Kassari_(Keina)_vallavalitsus, lk 76
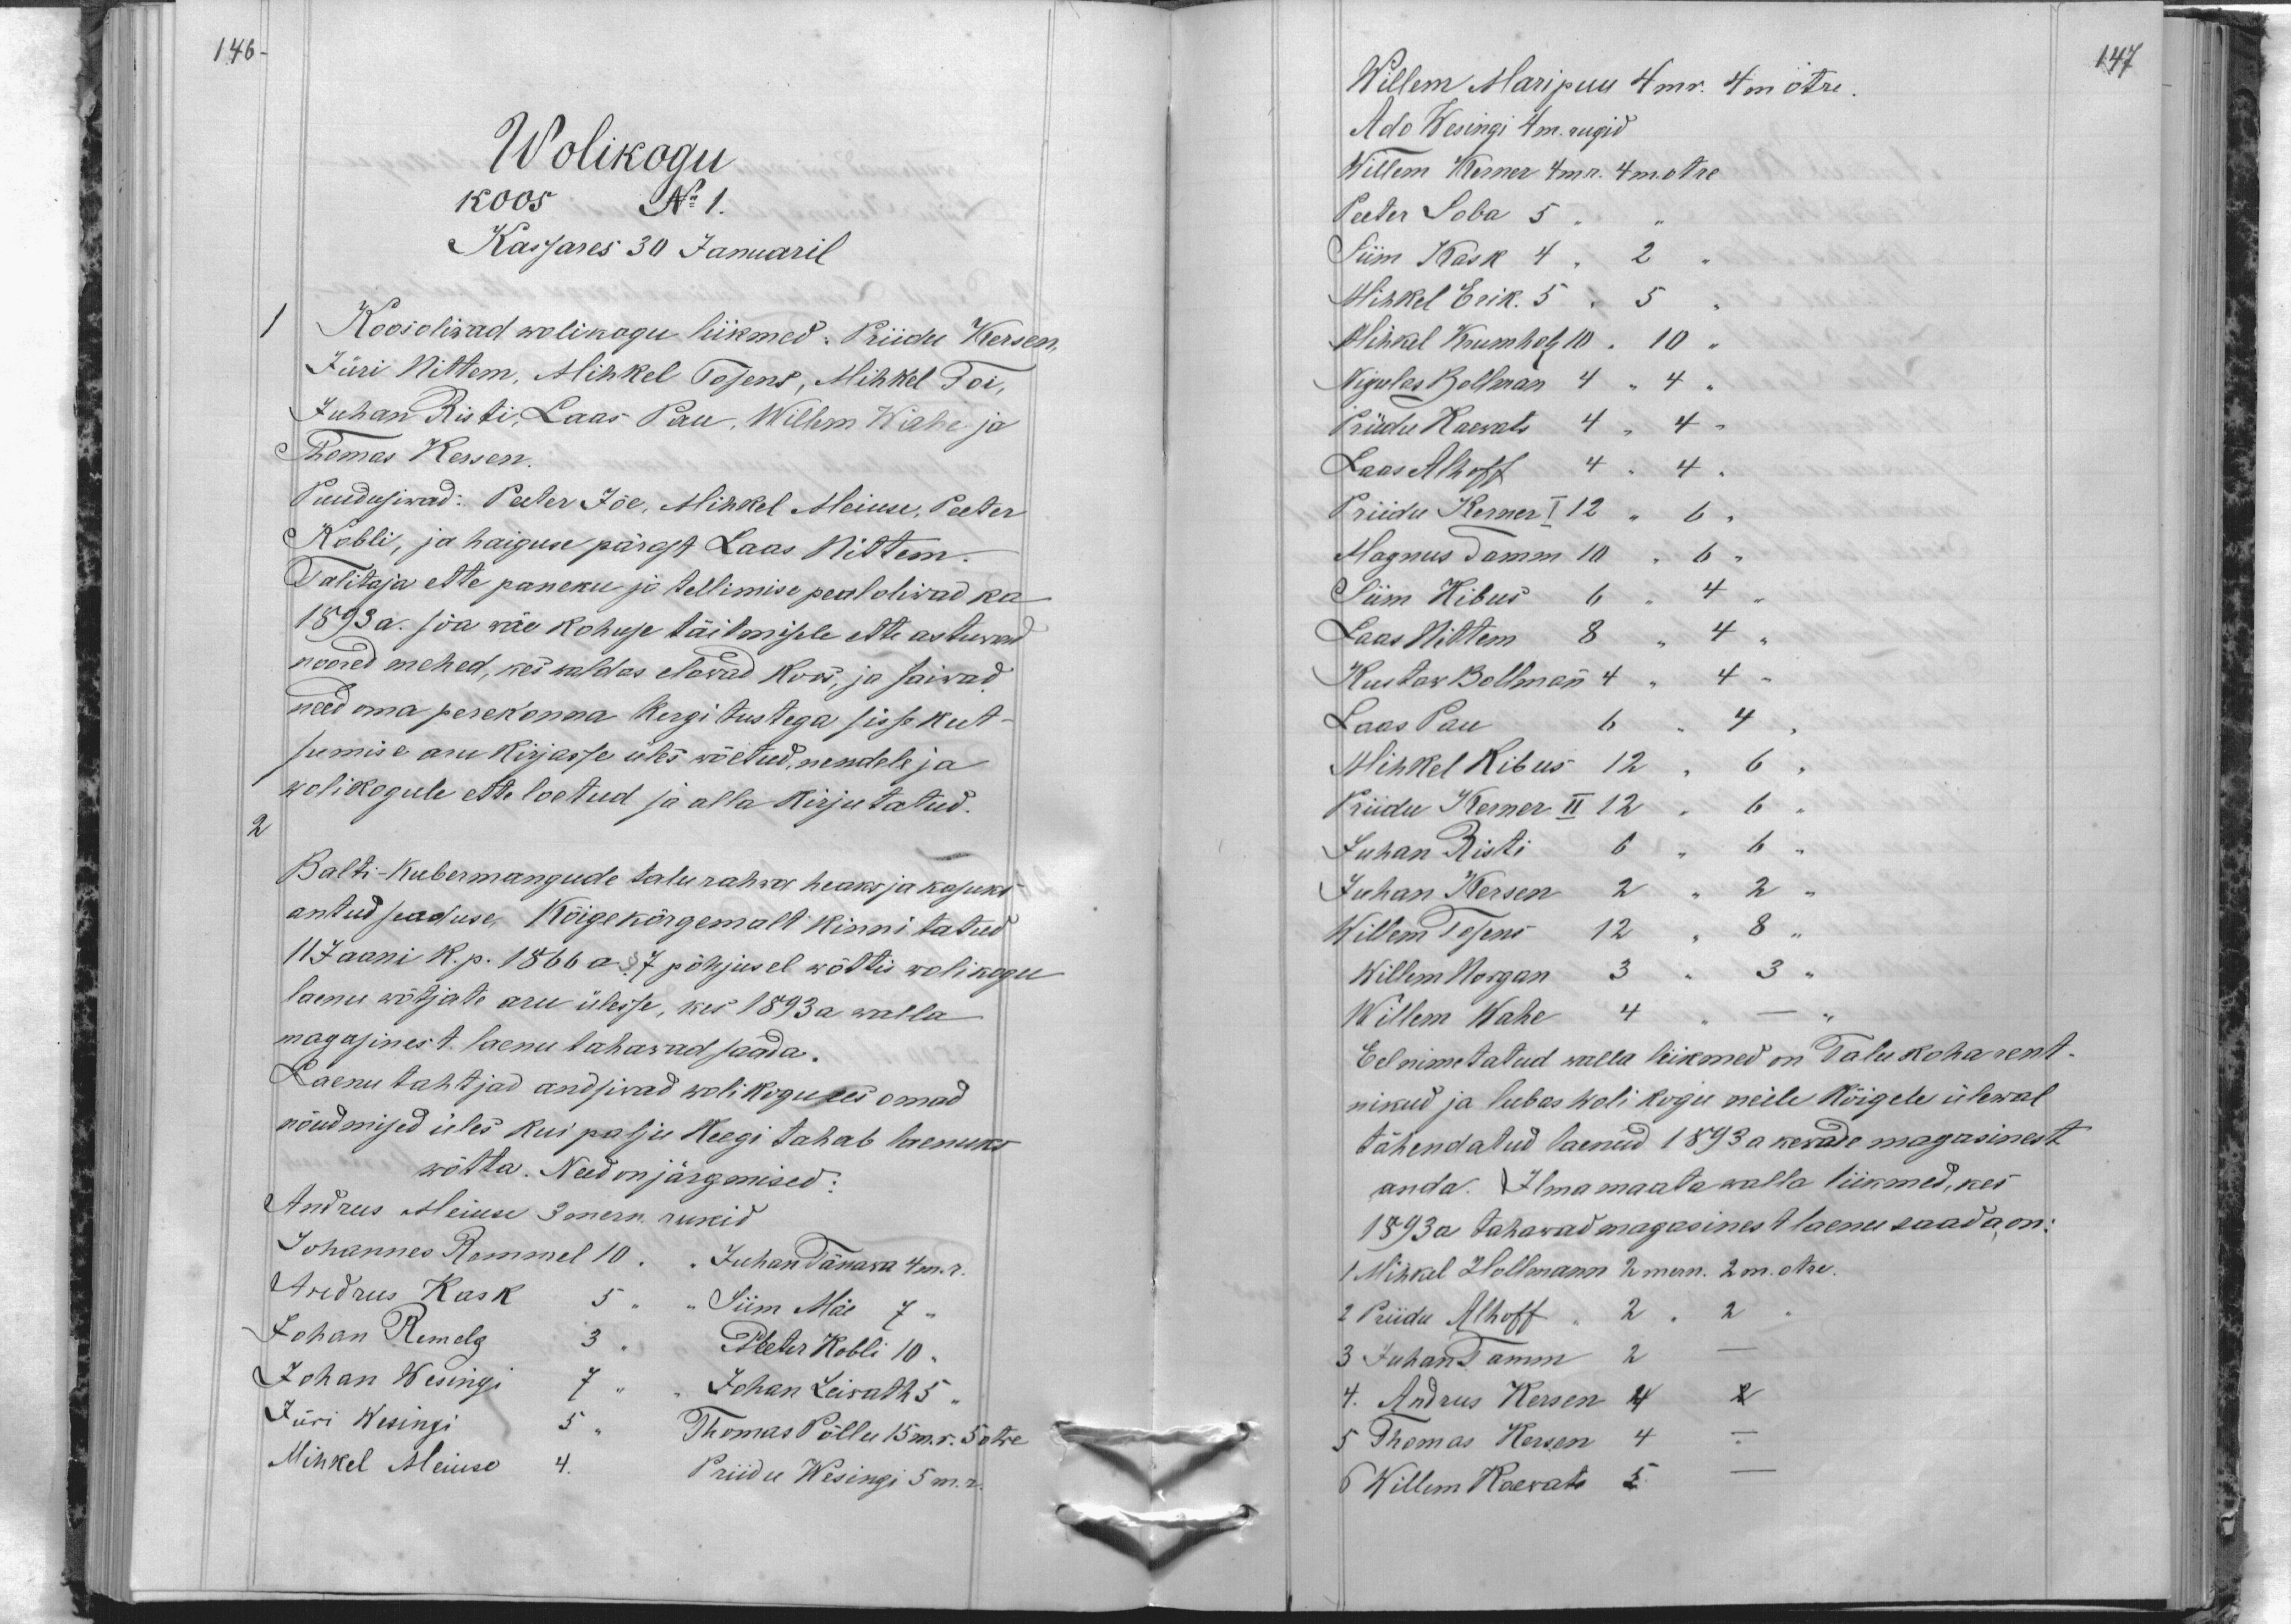
146
Wolikogu
koos No 1.
Kassares 30 Januaril
1
Koosoliwad wolikogu liikmed Priidu Kersen,
Jüri Nittem, Mihkel Tosens, Mihkel Toi,
Juhan Risti, Laas Pau, Willem Wahe ja
Thomas Kersen.
Puudusiwad: Peeter Jõe, Mihkel Meiuse, Peeter
Kobli, ja haiguse pärgat Laas Nittem.
Talitaja ette paneku ja tellimise peal oliwad ka
1893 a. sõa wäe kohuse täitmisele ette astuwad
noored mehed, kes waldas elawad koos, ja saiwad
need oma perekonna kergitustega sisse kut-
sumise aru kirjasse üles wõetud, nendele ja
wolikogule ette loetud ja alla kirjutatud.
2
Balti-Kubermangude talu rahwa heaks ja kasuks
antud seaduse, Kõigekõrgemalt kinnitatud
11 Jaani k. p. 1866 a §7 põhjusel wõttis wolikogu
laenu wõtjate aru ülesse, kes 1893 a walla
magasinest laenu tahawad saada.
Laenu tahtjad andsiwad wolikogu ees omad
nõudmised üles kui palju keegi tahab laenuks
wõtta. Need on järgmised:
Andrus Meiuse 3 mern. rukid
Johannes Remmel 10 " " Juhan Tänawa 4 m. r.
Andrus Kask 5 " " Siim Mäe 7 "
Johan Remelg 3 " Peter Kobli 10 "
Johan Wesingi 7 " " Johan Leiwath 5 "
Jüri Wesingi 5 " Thomas Põllu 15 m. r. 5 otre.
Mihkel Meiuse 4. Priidu Wesingi 5 m. r.

Willem Maripuu 4 mr. 4 m. otre.
147
Ado Wesingi 4 m. rugid
Willem Kerner 4 m. r. 4 m. otre
Peeter Soba 5
Siin Kask 4 " 2
Mihkel Erik. 5 " 5
Mihkel Krumholz 10 " 10
Nigulas Bollman 4 " 4 "
Priidu Kaewats 4 " 4 "
Laas Alhoff 4 " 4 "
Priidu Kerner I 12 " 6 "
Magnus Tamm 10 " 6 "
Siim Kibus 6
4
Laas Nittem 8
4
Kustaw Bollmann 4
4 "
Laas Pau 6
4
Mihkel Kibus 12
6
Priidu Kerner II 12
6
Juhan Risti 6
6
Juhan Kersen 2
2
Willem Tosens
12
8
Willem Norgan
3
3
Willem Wahe
4
Eelnimetatud walla liikmed on Talu koharent-
nikud ja lubas Wolikogu neile kõigele ülewal
tähendatud laenud 1893 a kevade magasinest
anda. Ilma maata walla liikmed, kes
1893 a tahawad magasinest laenu saada on:
1 Mihkel Holbmann 2 mern. 2 m. otre.
2 Priidu Alhoff " 2 " 2
3 Juhan Tamm 2 -
4. Andrus Kersen 4 2
5 Thomas Kersen 4 "
Willem Kaewats 5.